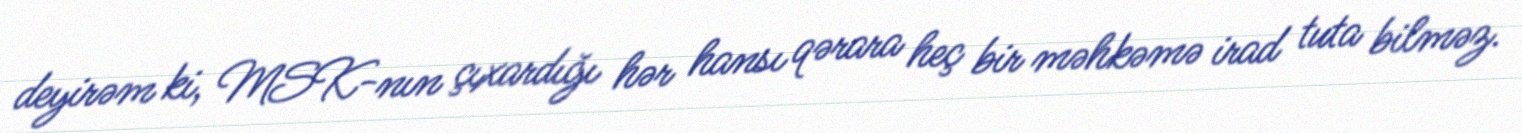
deyirəm ki, MSK-nın çıxardığı hər hansı qərara heç bir məhkəmə irad tuta bilməz.